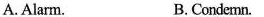
A. Alarm. B.Condemn.